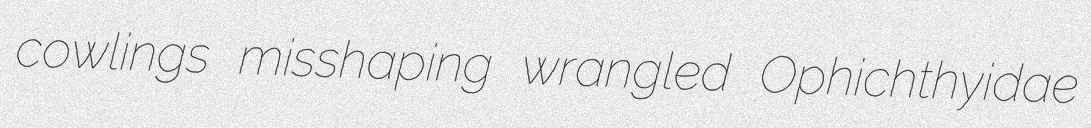
cowlings misshaping wrangled Ophichthyidae